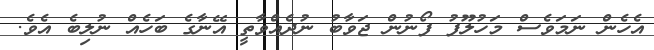
އެހެން ނަމަވެސް މަހުލޫފު ފޯނުން ޖަވާބު ނުދެއްވާތީ އޭނާގެ ބަހެއް ނުލިބެ އެވެ.